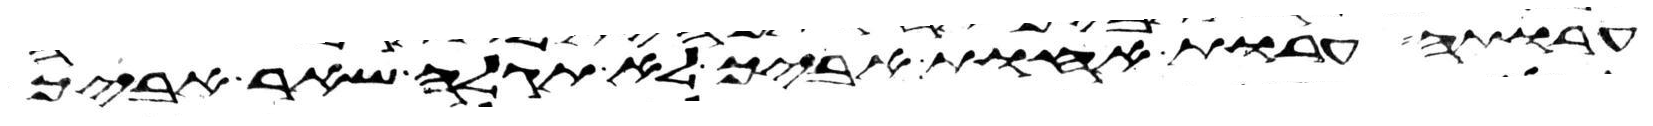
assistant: ערותה ערות אחות אביך לא תגלה שאר אביך